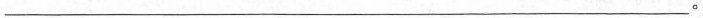
___。